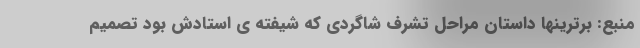
منبع: برترینها داستان مراحل تشرف شاگردی که شیفته ی استادش بود تصمیم